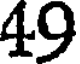
49